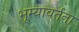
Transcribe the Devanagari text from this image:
भूम्यावर्तना